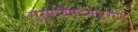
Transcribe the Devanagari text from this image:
गुरूपदिष्टमार्गेण